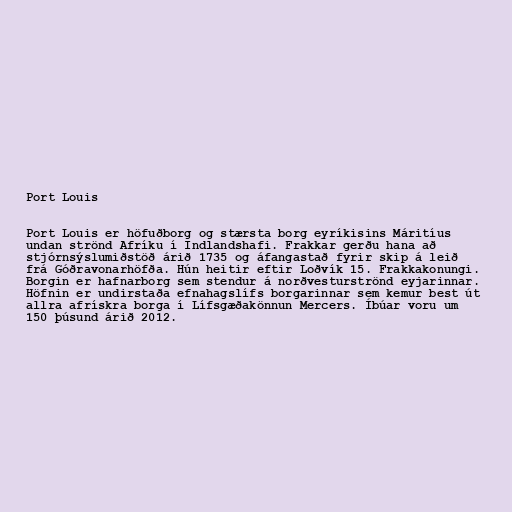
Port Louis

Port Louis er höfuðborg og stærsta borg eyríkisins Máritíus
undan strönd Afríku í Indlandshafi. Frakkar gerðu hana að
stjórnsýslumiðstöð árið 1735 og áfangastað fyrir skip á leið
frá Góðravonarhöfða. Hún heitir eftir Loðvík 15. Frakkakonungi.
Borgin er hafnarborg sem stendur á norðvesturströnd eyjarinnar.
Höfnin er undirstaða efnahagslífs borgarinnar sem kemur best út
allra afrískra borga í Lífsgæðakönnun Mercers. Íbúar voru um
150 þúsund árið 2012.